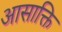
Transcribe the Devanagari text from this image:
आसाक्ति